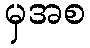
မှအစ